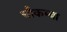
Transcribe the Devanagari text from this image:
चौकम्‍बा